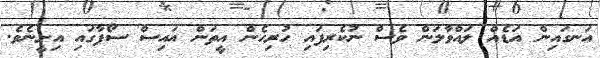
އަނގައިން އަޑެއް ލައްވާލަން ވެސް ނުކެރިފައި ހުރިހެން އީތަން އައިސް ސޯފާގައި އިށީނެވެ.